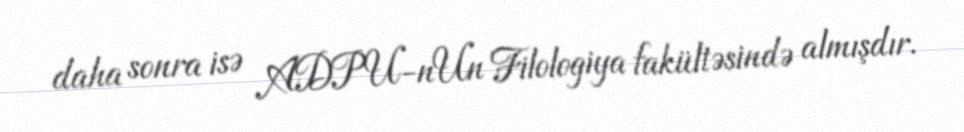
daha sonra isə ADPU-nUn Filologiya fakültəsində almışdır.